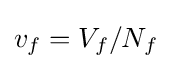
v_{f}=V_{f}/N_{f}